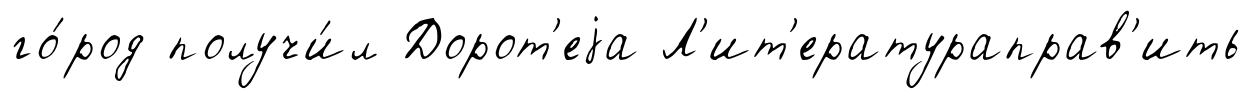
го́род получи́л Дорот'еjа Л'ит'ератураправ'ить